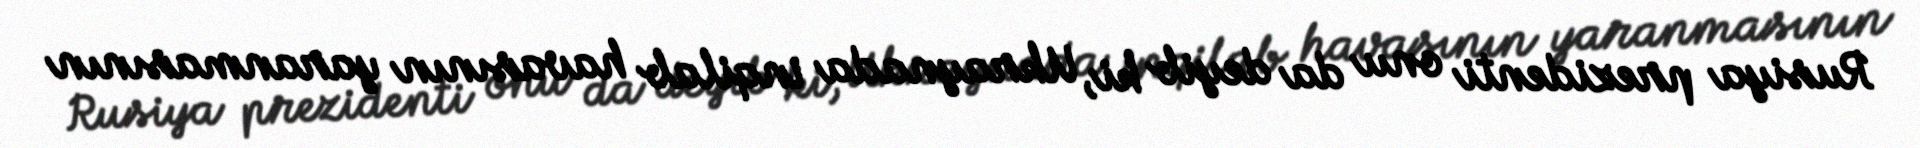
Rusiya prezidenti onu da deyib ki, Ukraynada inqilab havasının yaranmasının